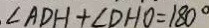
\angle A D H + \angle D H O = 1 8 0 ^ { \circ }